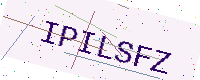
Text: IPILSFZ